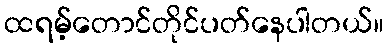
ထရမ့်တောင်တိုင်ပတ်နေပါတယ်။